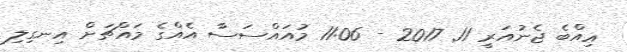
ޢިިއްބެ ޖެނުއަރީ 11